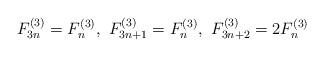
LaTeX: \begin{align*}F_{3n}^{\left(3\right)}=F_{n}^{\left(3\right)},\thinspace\thinspace F_{3n+1}^{\left(3\right)}=F_{n}^{\left(3\right)},\thinspace\thinspace F_{3n+2}^{\left(3\right)}=2F_{n}^{\left(3\right)}\end{align*}